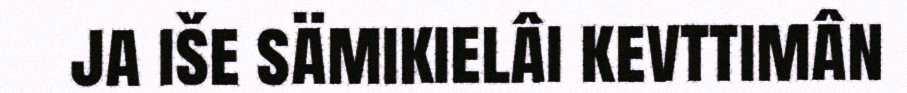
ja iše sämikielâi kevttimân